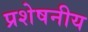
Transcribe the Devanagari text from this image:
प्रशेषनीय